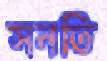
সনতি